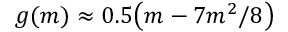
g ( m ) \approx 0 . 5 \big ( m - 7 m ^ { 2 } / 8 \big )